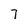
Character: 7